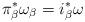
LaTeX: \begin{align*}\pi_{\beta}^{*}\omega_{\beta} = i_{\beta}^{*}\omega \end{align*}